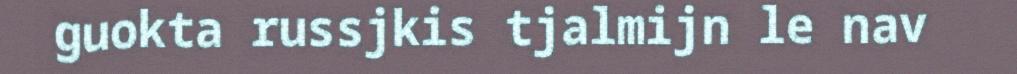
guokta russjkis tjalmijn le nav